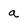
Character: a